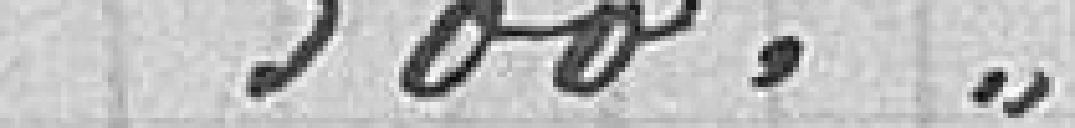
300